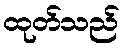
ထုတ်သည်